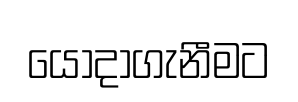
යොදාගැනීමට